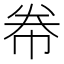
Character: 帣